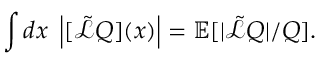
\int d x \; \left| [ \tilde { \mathcal { L } } Q ] ( x ) \right| = \mathbb { E } [ | \tilde { \mathcal { L } } Q | / Q ] .